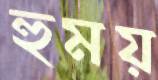
হুময়